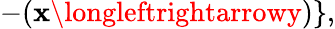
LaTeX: -(\mathbf{x}\longleftrightarrowy)\} ,